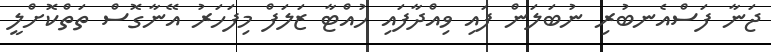
ޖަނާ ފަސްއެނބުރި ނުބަލަން ފައި ވިއްދާފައި ހުއްޓާ ޒަލަފް މިފަހަރު އޭނާގޮސް ތަތްކޮށްލީ